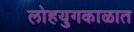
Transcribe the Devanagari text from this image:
लोहयुगकाळात